Report on plague and inoculation in the Punjab from October 1st ... to September 30th..., being the ... season of plague in the province
Disease focus: Plague
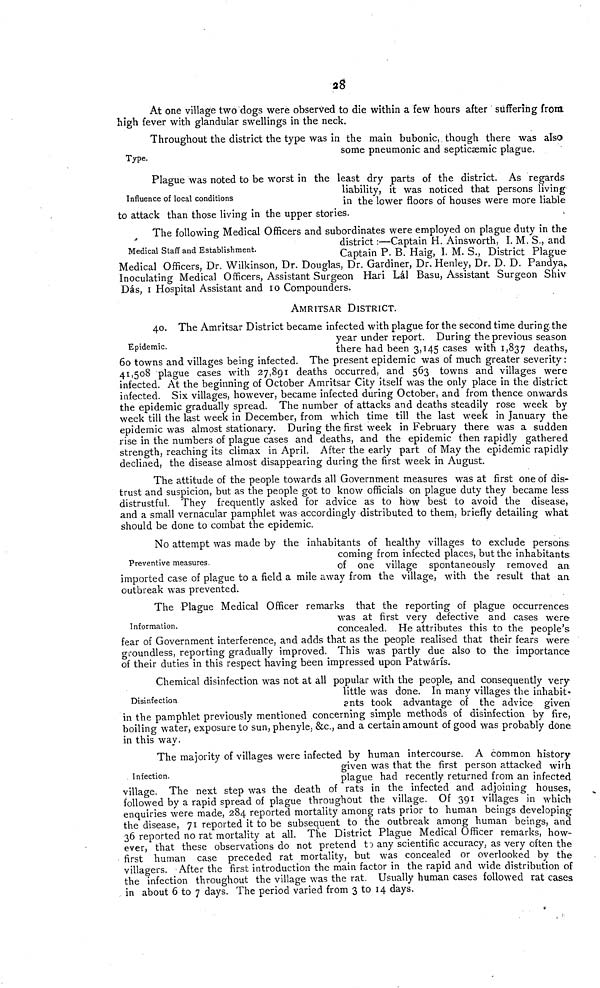
28
At one village two dogs were observed to die within a few hours after suffering front
high fever with glandular swellings in the neck.
Type.
Throughout the district the type was in the main bubonic, though there was also
some pneumonic and septicaemic plague.
Influence of local conditions
Plague was noted to be worst in the least dry parts of the district. As regards
liability, it was noticed that persons living
in the lower floors of houses were more liable
to attack than those living in the upper stories.
Medical Staff and Establishment.
The following Medical Officers and subordinates were employed on plague duty in the
district :—Captain H. Ainsworth, I. M. S., and
Captain P. B. Haig, I. M. S., District Plague
Medical Officers, Dr. Wilkinson, Dr. Douglas, Dr. Gardiner, Dr. Henley, Dr. D. D. Pandya,
Inoculating Medical Officers, Assistant Surgeon Hari Lál Basu, Assistant Surgeon Shiv
Das, 1 Hospital Assistant and 10 Compounders.
AMRITSAR DISTRICT.
Epidemic.
40. The Amritsar District became infected with plague for the second time during the
year under report. During the previous season
there had been 3,145 cases with 1,837 deaths,
60 towns and villages being infected. The present epidemic was of much greater severity :
41,508 plague cases with 27,891 deaths occurred, and 563 towns and villages were
infected. At the beginning of October Amritsar City itself was the only place in the district
infected. Six villages, however, became infected during October, and from thence onwards,
the epidemic gradually spread. The number of attacks and deaths steadily rose week by
week till the last week in December, from which time till the last week in January the
epidemic was almost stationary. During the first week in February there was a sudden
rise in the numbers of plague cases and deaths, and the epidemic then rapidly gathered
strength, reaching its climax in April. After the early part of May the epidemic rapidly
declined, the disease almost disappearing during the first week in August.
The attitude of the people towards all Government measures was at first one of dis-
trust and suspicion, but as the people got to know officials on plague duty they became less
distrustful. They frequently asked for advice as to how best to avoid the disease,
and a small vernacular pamphlet was accordingly distributed to them, briefly detailing what
should be done to combat the epidemic.
Preventive measures.
No attempt was made by the inhabitants of healthy villages to exclude persons
coming from infected places, but the inhabitants,
of one village spontaneously removed an
imported case of plague to a field a mile away from the village, with the result that an
outbreak was prevented.
Information.
The Plague Medical Officer remarks that the reporting of plague occurrences
was at first very defective and cases were
concealed. He attributes this to the people's
fear of Government interference, and adds that as the people realised that their fears were
groundless, reporting gradually improved. This was partly due also to the importance
of their duties in this respect having been impressed upon Patwárís.
Disinfection
Chemical disinfection was not at all popular with the people, and consequently very-
little was done. In many villages the inhabit'
ants took advantage of the advice given
in the pamphlet previously mentioned concerning simple methods of disinfection by fire,
boiling water, exposure to sun, phenyle, &c, and a certain amount of good was probably done
in this way.
Infection.
The majority of villages were infected by human intercourse. A common history-
given was that the first person attacked with
plague had recently returned from an infected
village. The next step was the death of rats in the infected and adjoining houses,
followed by a rapid spread of plague throughout the village. Of 391 villages in which
enquiries were made, 284 reported mortality among rats prior to human beings developing
the disease, 71 reported it to be subsequent to the outbreak among human beings, and
36 reported no rat mortality at all. The District Plague Medical Officer remarks, how-
ever, that these observations do not pretend to any scientific accuracy, as very often the
first human case preceded rat mortality, but was concealed or overlooked by the
villagers. After the first introduction the main factor in the rapid and wide distribution of
the infection throughout the village was the rat. Usually human cases followed rat cases
in about 6 to 7 days. The period varied from 3 to 14 days.